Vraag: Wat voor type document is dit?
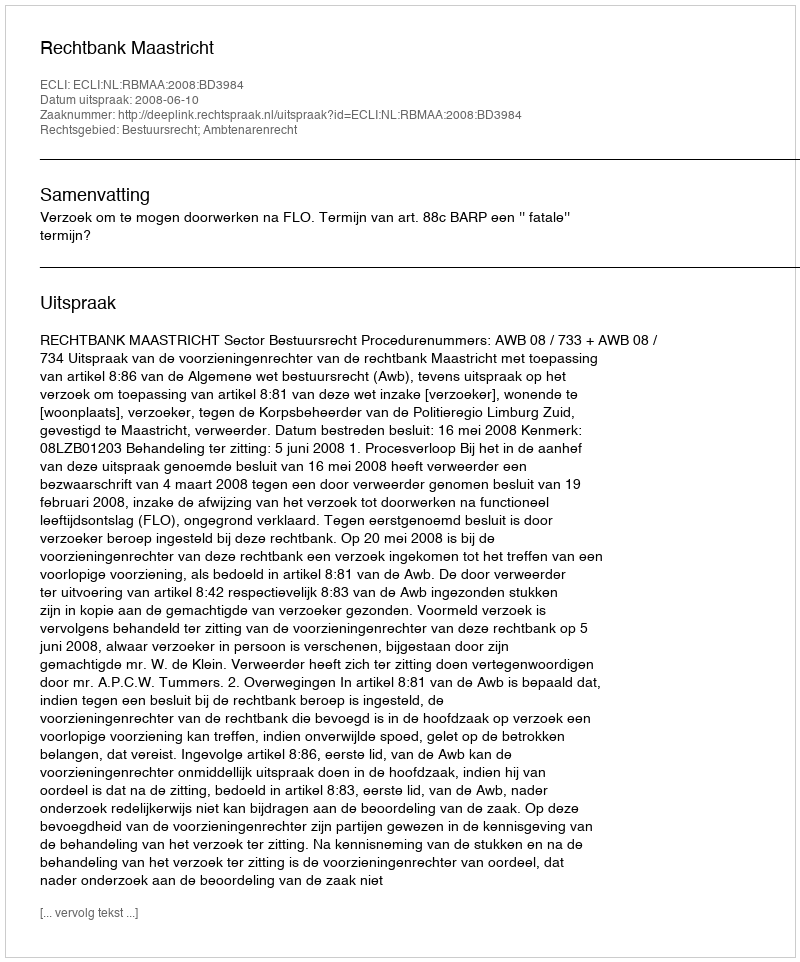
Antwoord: Uitspraak